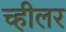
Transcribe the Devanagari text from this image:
च्हीलर